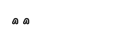
٨٨